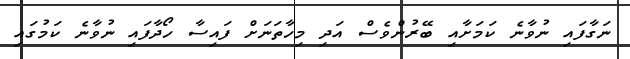
ނަގާފައި ނުވާނެ ކަމަށާއި ބޭރުންވެސް އަދި މިހާތަނަށް ފައިސާ ހޯދާފައި ނުވާނެ ކަމުގައި